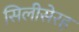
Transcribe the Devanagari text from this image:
सिलीसेरह